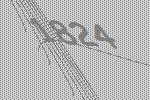
1824